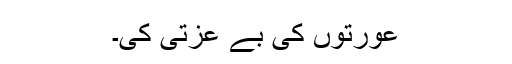
عورتوں کی بے عزتی کی۔